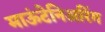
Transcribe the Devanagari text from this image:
माऊंटेनिअरिंग